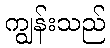
ကျွန်းသည်